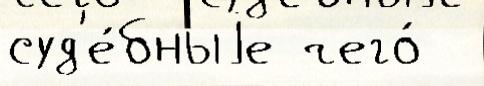
суд'е́бныjе чего́